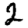
Digit: 2